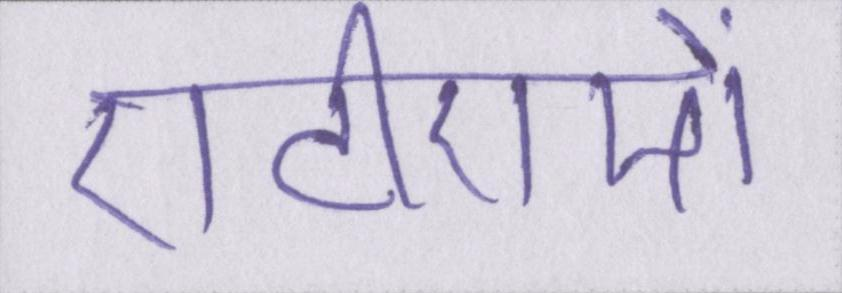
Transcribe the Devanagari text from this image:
एटीएमों